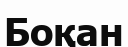
Боқан